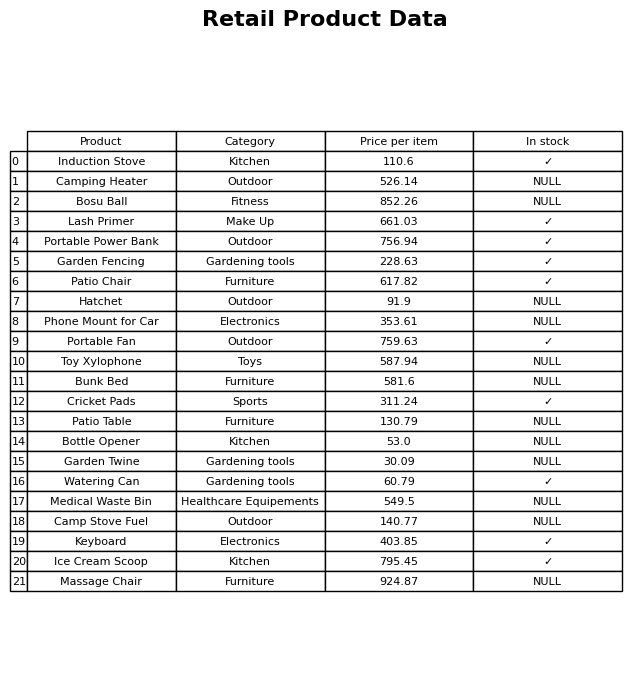
question: What is the price of the Lash Primer?
answer: The price of Lash Primer is 661.03.